Civil Veterinary Department Bihar & Orissa reports 1922-29 - 1922-1929
Year: 1922
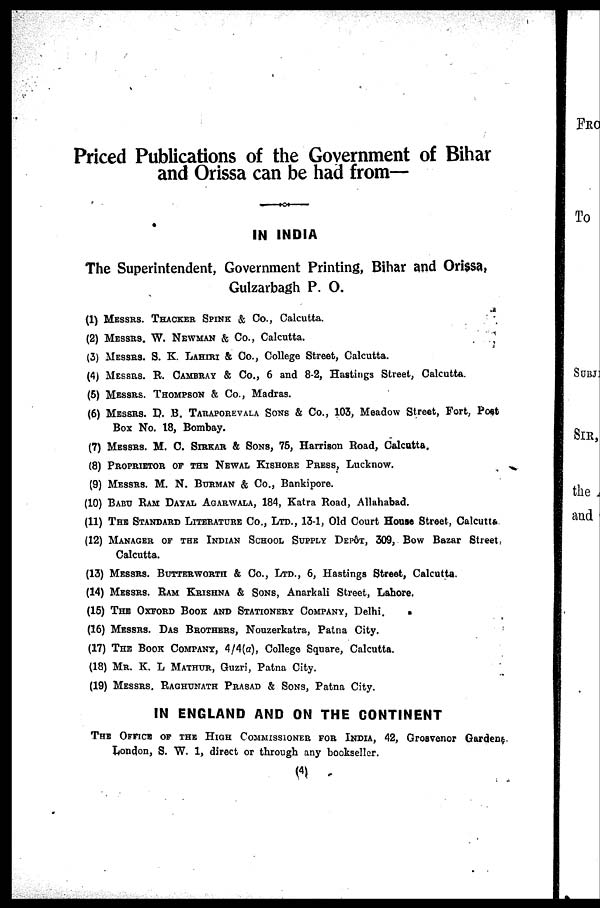
Priced Publications of the Government of Bihar
and Orissa can be had from—
IN INDIA
The Superintendent, Government Printing, Bihar and Ori$sa,
Gulzarbagh P. O.
(1)
(2):
(3)
(4)
(5)
(6)
(7)
(8)
(9)
(10)
(11)
(12)
(13)
(14)
(15)
(16)
(17)
(18)
(19)
MESSRS. THACKER SPINK & Co., Calcutta.
MESSRS. W. NEWMEN & Co., Calcutta.
MESSRS. S. K. LAHIRI & Co., College Street, Calcutta.
MESSRS. R. CAMBRY & Co., 6 and 8-2, Hastings Street, Calcutta.
MESSRS. THOMPSON & Co., Madras.
MESSRS. D. B. TARAPOREWALA SONS & Co., 103, Meadow Street, Fort, Post
Box No. 18, Bombay.
MESSRS. M. C. SIRKAR & SONS, 75, Harrison Road, Calcutta.
PROPRIETOR OF THE NEWAL KISHORE PRESS, Lucknow.
MESSRS. M. N. BURMAN & CO., Bankipore.
BABU RAM DAYAL AGARWALA, 184, Katra Road, Allahabad.
THE STANDARD LITERATURE CO., LTD., 13-1, Old Court House Street, Calcutta.
MANAGER OF THE INDIAN SCHOOL SUPPLY DEPOT, 309, Bow Bazar Street¬
Calcutta.
MESSRS. BUTTER WORTH & CO., LTD., 6, Hastings Street, Calcutta.
MESSRS. RAM KRISHNA & SONS, Anarkali Street, Lahore.
THE OXFORD BOOK AND STATIONERY COMPANY, Delhi.
MESSRS. DAS BROTHERS, Nouzerkatra, Patna City.
THE BOOK COMPANY, 4/4(a), College Square, Calcutta.
MR. K. L MATHUR, Guzri, Patna City.
MESSRS. RAGHUNATH PRASAD & SONS, Patna City.
IN ENGLAND AND ON THE CONTINENT
THE OFFICE OF THE HIGH COMMISSIONER FOR INDIA, 42, Grosvenor Gardens.
London, S. W. 1, direct or through any bookseller.